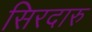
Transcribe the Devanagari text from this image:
सिरदारु